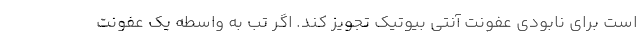
است برای نابودی عفونت آنتی بیوتیک تجویز کند. اگر تب به واسطه یک عفونت